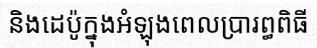
និងដេប៉ូក្នុងអំឡុងពេលប្រារព្ធពិធី